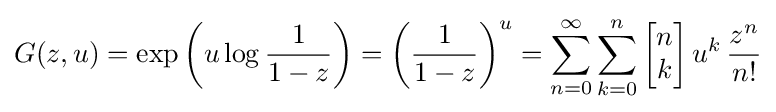
G(z,u)=\exp \left(u\log {\frac {1}{1-z}}\right)=\left({\frac {1}{1-z}}\right)^{u}=\sum _{n=0}^{\infty }\sum _{k=0}^{n}\left[{\begin{matrix}n\\k\end{matrix}}\right]u^{k}\,{\frac {z^{n}}{n!}}